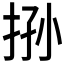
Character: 𰓧